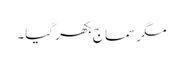
مگر سماج بکھر گیا۔